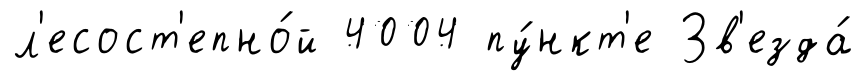
л'есост'епно́й 4004 пу́нкт'е Зв'езда́